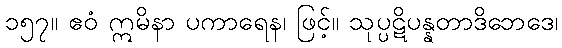
၁၅၇။ ဧဝံ ဣမိနာ ပကာရေန၊ ဖြင့်။ သုပ္ပဋိပန္နတာဒိဘေဒေ၊